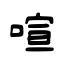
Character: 喧